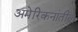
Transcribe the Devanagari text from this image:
अमेरिकनांतील